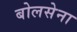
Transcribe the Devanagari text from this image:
बोलसेना